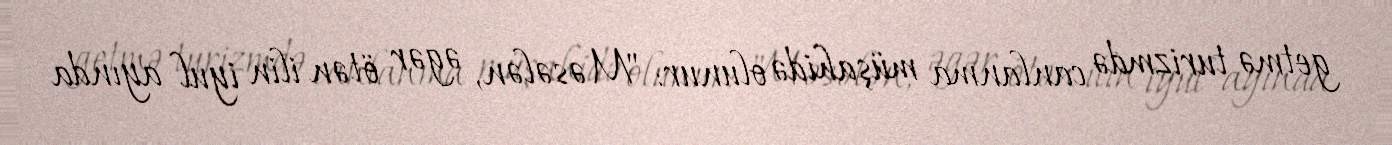
getmə turizmdə canlanma müşahidə olunur: "Məsələn, əgər ötən ilin iyul ayında